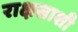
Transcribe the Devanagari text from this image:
राक्षसाशी